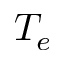
T _ { e }